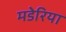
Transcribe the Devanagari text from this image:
मडेरिया